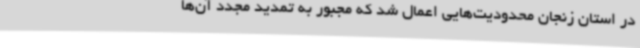
در استان زنجان محدودیت‌هایی اعمال شد که مجبور به تمدید مجدد آن‌ها